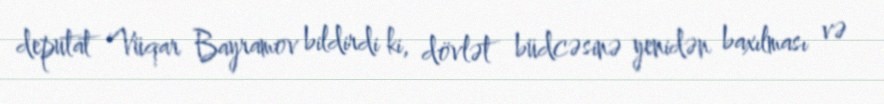
deputat Vüqar Bayramov bildirdi ki, dövlət büdcəsinə yenidən baxılması və